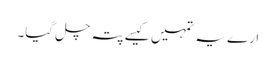
ارے یہ تمہیں کیسے پتہ چل گیا۔